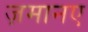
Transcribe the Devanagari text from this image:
ज़मानए